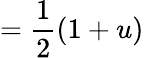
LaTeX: ={\frac{1}{2}}(1+u)